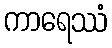
ကာရေဿံ